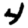
Digit: 4